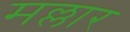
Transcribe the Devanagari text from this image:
मल्लार